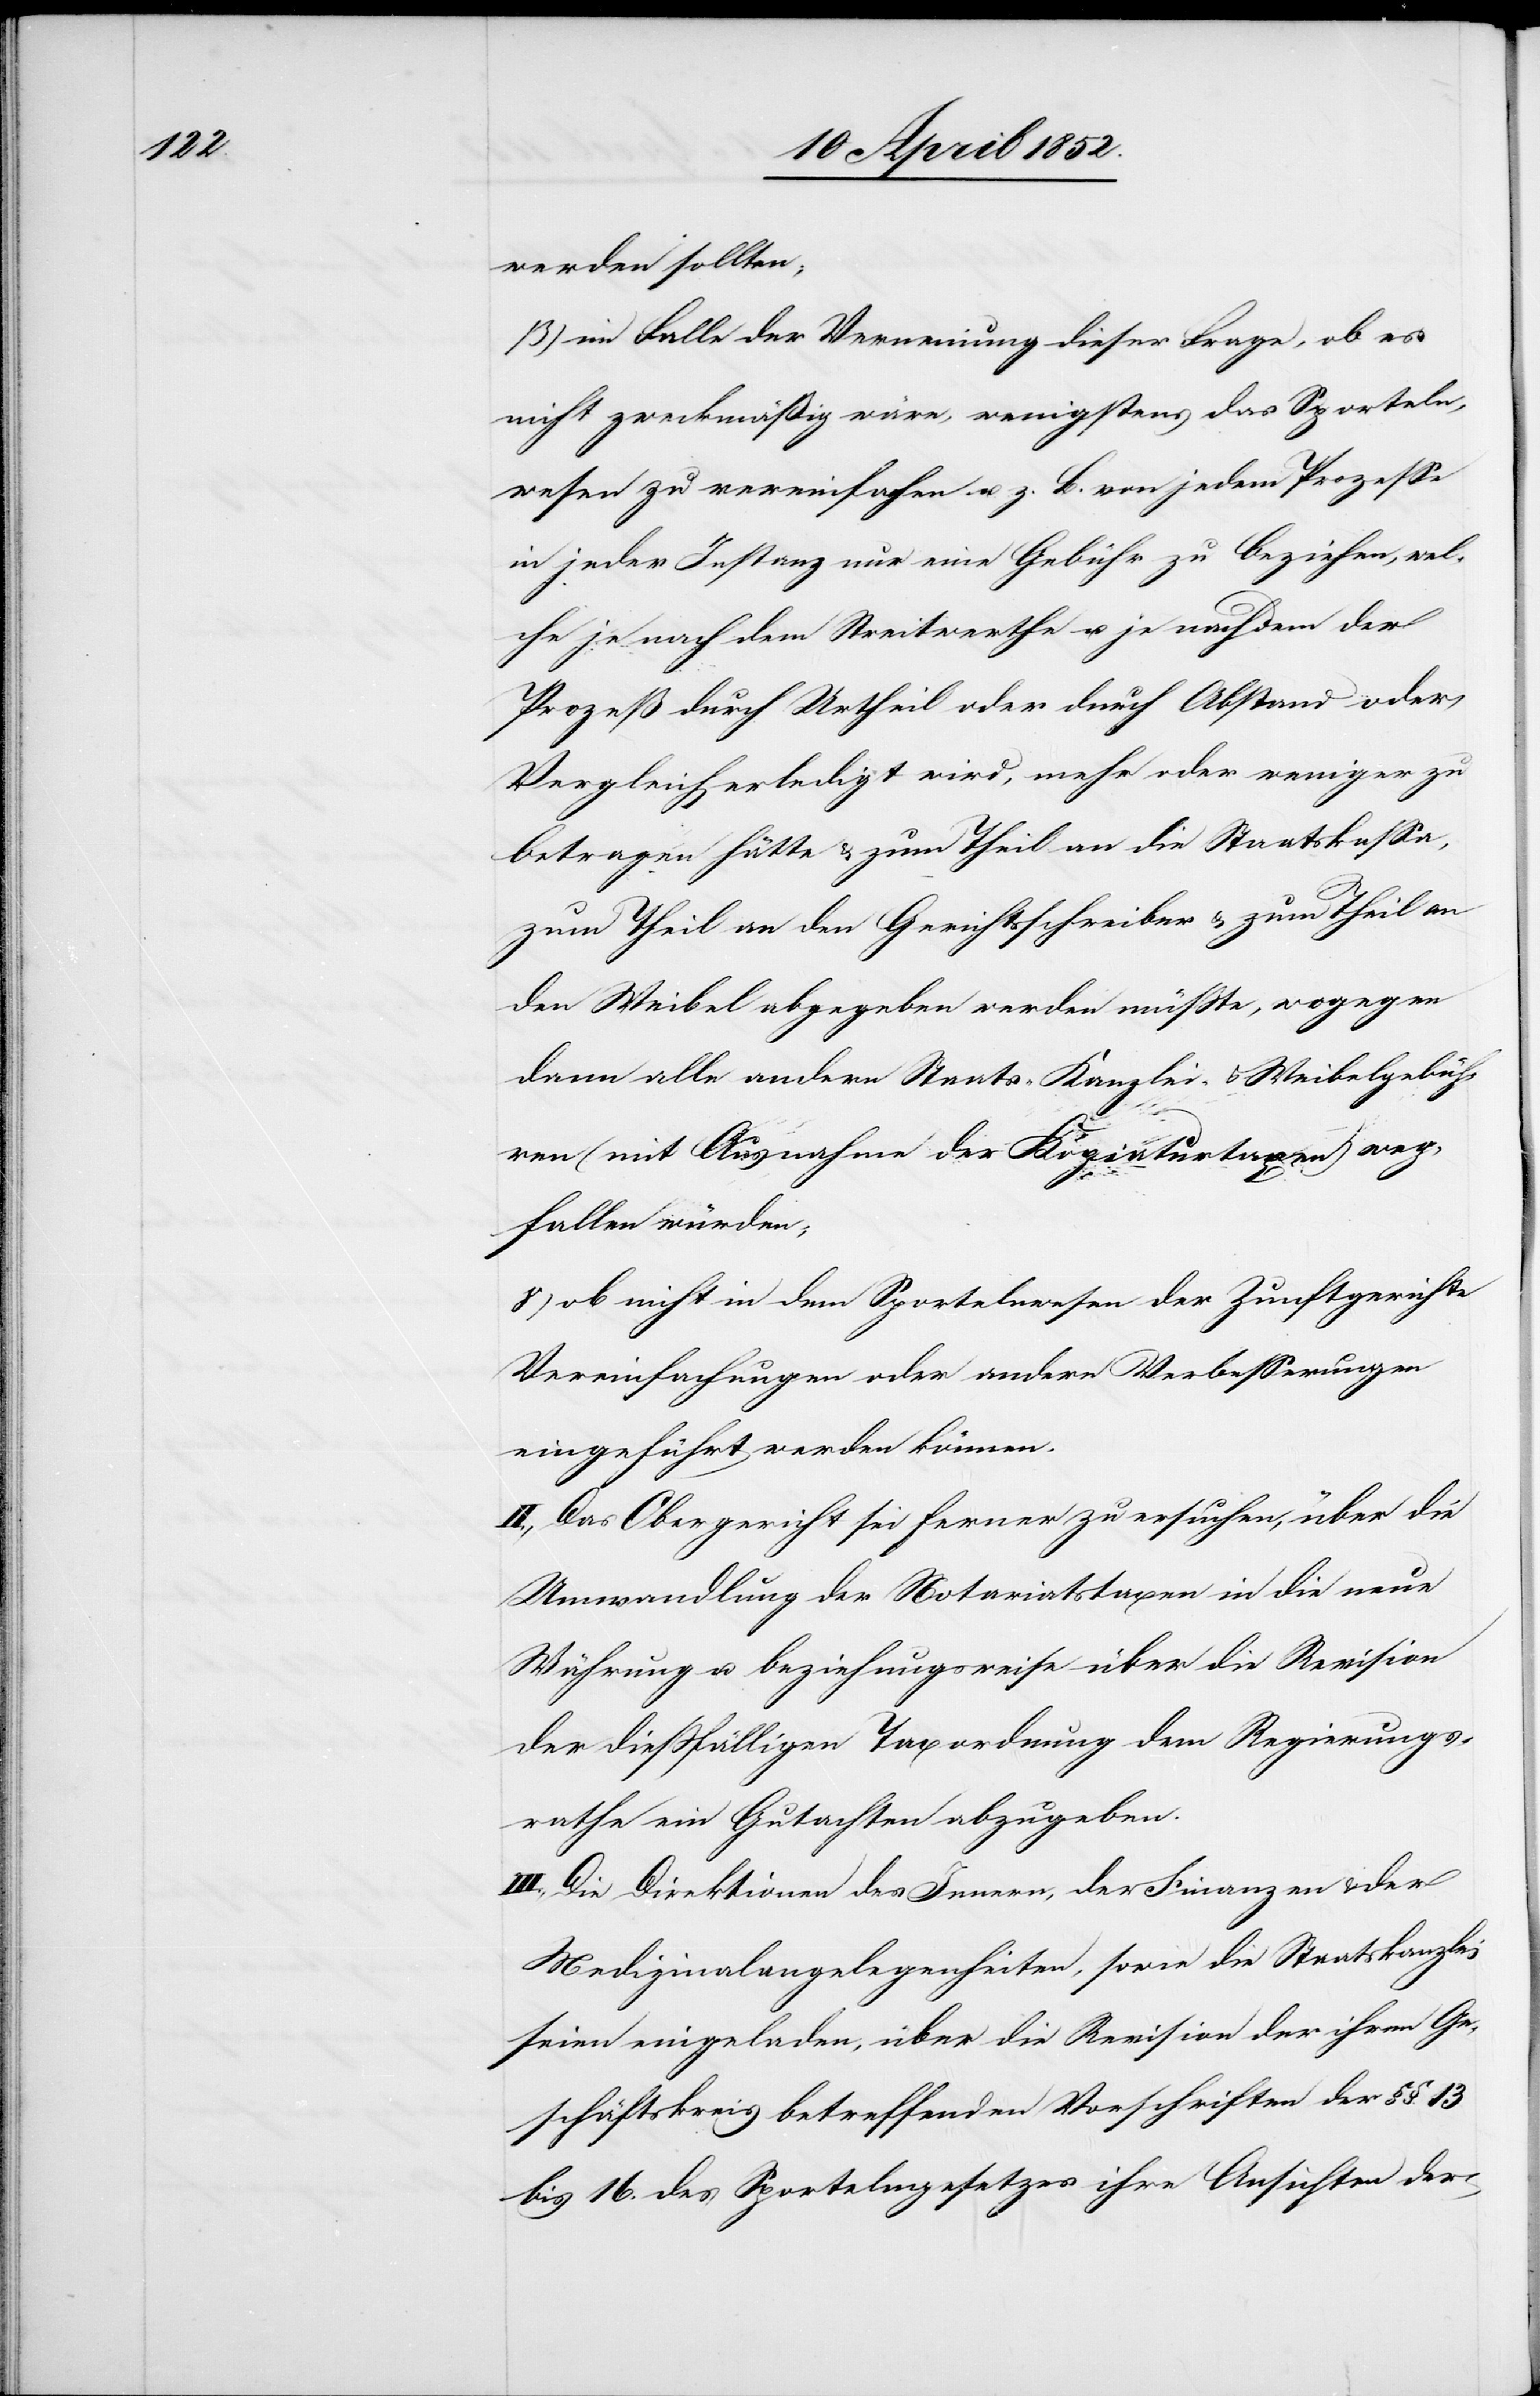
werden sollten;
β) im Falle der Verneinung dieser Frage, ob es
nicht zweckmäßig wäre, wenigstens das Sporteln¬
wesen zu vereinfachen u. z. B. von jedem Prozesse
in jeder Instanz nur eine Gebühr zu beziehen, wel¬
che je nach dem Streitwerthe u. je nach dem der
Prozeß durch Urtheil oder durch Abstand oder
Vergleich erledigt wird, mehr oder weniger zu
betragen hätte & zum Theil an die Staatskassa,
zum Theil an den Gerichtsschreiber & zum Theil an
den Weibel abgegeben werden müsste, wogegen
dann alle andern Staats-[,] Kanzlei- & Weibelgebüh¬
ren (mit Ausnahme der Kopiaturtaxen) weg¬
fallen würden;
γ) ob nicht in dem Sportelnwesen der Zunftgerichte
Vereinfachungen oder andere Verbesserungen
eingeführt werden können.
II., Das Obergericht sei ferner zu ersuchen, über die
Umwandlung der Notariatstaxen in die neue
Währung u. beziehungsweise über die Revision
der diessfälligen Taxordnung dem Regierungs¬
rathe ein Gutachten abzugeben.
III., Die Direktionen des Innern, der Finanzen & der
Medizinalangelegenheiten, sowie die Staatskanzlei
seien eingeladen, über die Revision der ihren Ge¬
schäftskreis betreffenden Vorschriften der §§. 13
bis 16. des Sportelngesetzes ihre Ansichten der